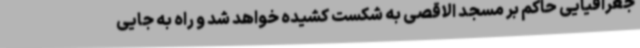
جغرافیایی حاکم بر مسجد الاقصی به شکست کشیده خواهد شد و راه به جایی